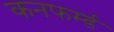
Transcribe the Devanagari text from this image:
कनफर्म्ड